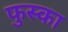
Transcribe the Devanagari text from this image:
फुस्का